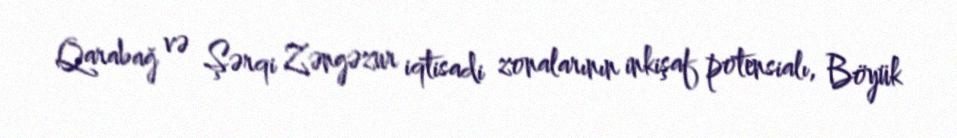
Qarabağ və Şərqi Zəngəzur iqtisadi zonalarının inkişaf potensialı, Böyük